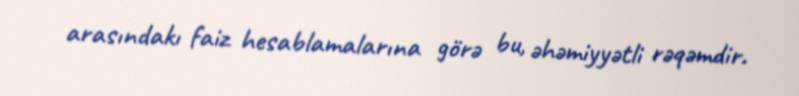
arasındakı faiz hesablamalarına görə bu, əhəmiyyətli rəqəmdir.